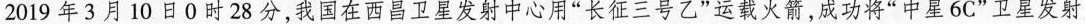
2 0 1 9年3月1 0日0时2 8分，我国在西昌卫星发射中心用”长征三号乙“运载火箭，成功将”中星6C”卫星发射